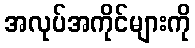
အလုပ်အကိုင်များကို